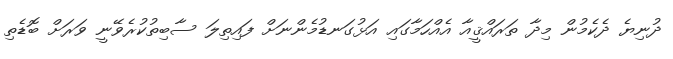
ދުނިޔެ ދެކެމުން މިދާ ތަރައްޤީއާ އެއްހަމާގައި އަޅުގަނޑުމެންނަށް ފައިތިލަ ސާބިތުކުރެވޭނީ ވަރަށް ބޮޑެތި